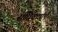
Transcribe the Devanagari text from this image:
संधिवार्ताएँ